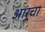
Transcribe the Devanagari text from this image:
आर्चा